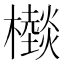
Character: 㰊